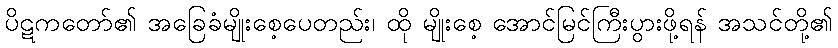
ပိဋကတော်၏ အခြေခံမျိုးစေ့ပေတည်း၊ ထို မျိုးစေ့ အောင်မြင်ကြီးပွားဖို့ရန် အသင်တို့၏